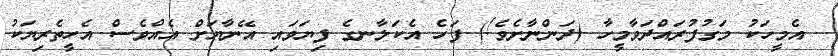
އެމީހަކު މަގުފުރައްދަވާމީހާ (ދަންނާށެވެ!) ފަހެ އެކަލާނގެ ފިޔަވައި އޭނާޔަށް އެއްވެސް އެހީތެރިޔަކު